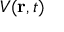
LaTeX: V ( \mathbf { r } , t )